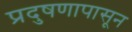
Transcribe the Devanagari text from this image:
प्रदुषणापासून